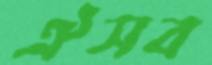
ঐসব